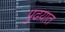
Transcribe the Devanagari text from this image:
पुढय़ात